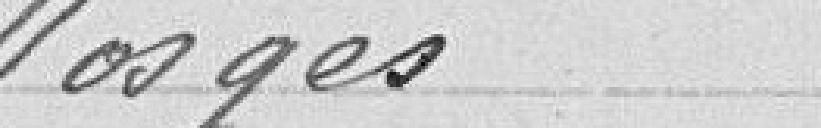
vosges